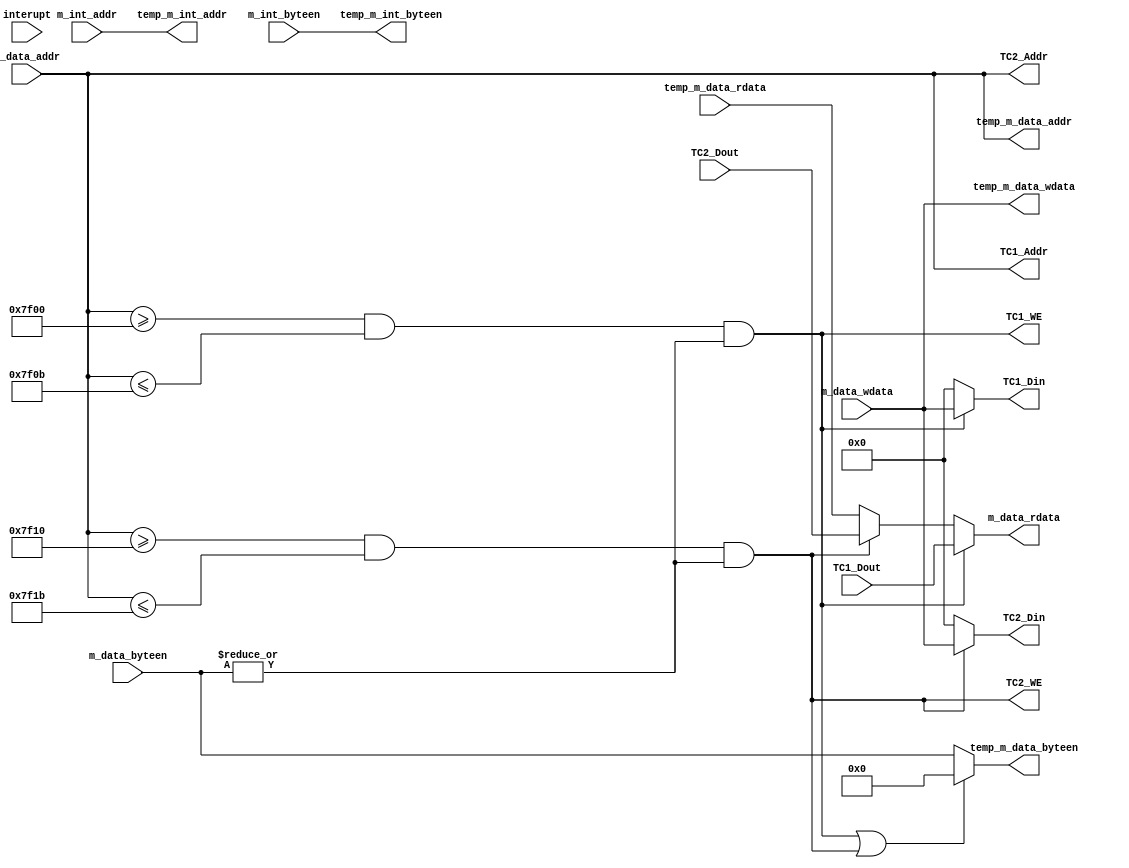
`timescale 1ns / 1ps
module Bridge(
    input interupt,
	 
	 output [31:0] m_data_rdata,
	 input [31:0] m_data_addr,
	 input [31:0] m_data_wdata,
	 input [3:0] m_data_byteen,
	 
	 input [31:0] temp_m_data_rdata,
	 output [31:0] temp_m_data_addr,
	 output [31:0] temp_m_data_wdata,
	 output [3:0] temp_m_data_byteen,
	 
	 input [31:0] m_int_addr,
	 input [3:0] m_int_byteen,
	 output [31:0] temp_m_int_addr,
	 output [3:0] temp_m_int_byteen,
	 
	 output [31:0] TC1_Addr,
	 output TC1_WE,
	 output [31:0] TC1_Din,
	 input [31:0] TC1_Dout,
	 
	 output [31:0] TC2_Addr,
	 output TC2_WE,
	 output [31:0] TC2_Din,
	 input [31:0] TC2_Dout
	 );
	 
	 assign TC1_WE = (m_data_addr >= 32'h0000_7f00 && m_data_addr <= 32'h0000_7f0b) & (|m_data_byteen);
	 assign TC2_WE = (m_data_addr >= 32'h0000_7f10 && m_data_addr <= 32'h0000_7f1b) & (|m_data_byteen);
	 
	 assign temp_m_data_addr = m_data_addr;
	 assign TC1_Addr = m_data_addr;
	 assign TC2_Addr = m_data_addr;
	 
	 assign TC1_Din = (TC1_WE)?m_data_wdata:0;
	 assign TC2_Din = (TC2_WE)?m_data_wdata:0;
	 
	 assign temp_m_int_addr = m_int_addr;
	 assign temp_m_int_byteen = m_int_byteen;
	 
	 assign temp_m_data_wdata = m_data_wdata;
	 assign temp_m_data_byteen = (TC1_WE || TC2_WE)?4'b0:
	                             m_data_byteen;
	 
	 assign m_data_rdata = (TC1_WE)?TC1_Dout:
	                       (TC2_WE)?TC2_Dout:
								  temp_m_data_rdata;


endmodule